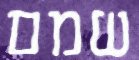
שמם